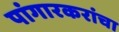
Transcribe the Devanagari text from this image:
पांगारकरांचा